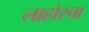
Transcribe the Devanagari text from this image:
लाहोरचा